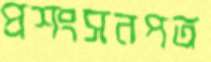
প্রশংসনপত্র